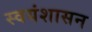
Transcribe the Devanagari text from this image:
स्वयंशासन